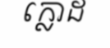
ក្លោដ